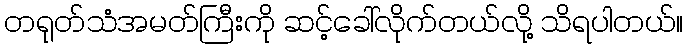
တရုတ်သံအမတ်ကြီးကို ဆင့်ခေါ်လိုက်တယ်လို့ သိရပါတယ်။